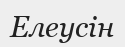
Елеусін